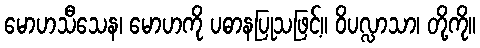
မောဟသီသေန၊ မောဟကို ပဓာနပြုသဖြင့်။ ဝိပလ္လာသာ၊ တို့ကို။